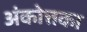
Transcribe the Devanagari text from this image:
अंकोत्तका